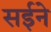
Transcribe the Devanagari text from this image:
सईने